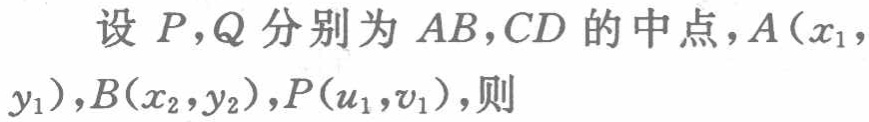
设 \(P,Q\) 分别为 \(AB,CD\) 的中点，\(A(x_{1},y_{1}),B(x_{2},y_{2}),P(u_{1},v_{1})\)，则